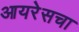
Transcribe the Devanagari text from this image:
आयरेसचा